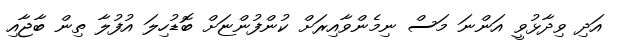
އަދި ވިދާޅުވީ އަންނަ މަސް ނިމެންވާއިރަށް ކުންފުންޏަށް ބޮޑުހިލަ އުފުލާ ތިން ބާޖާއި